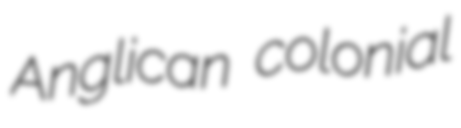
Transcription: Anglican colonial